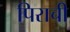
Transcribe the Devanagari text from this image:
पिराची